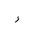
Letter: _hamza